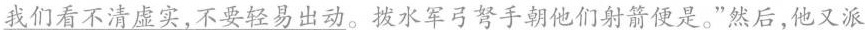
我们看不清虚实，不要轻易出动。拨水军弓弩手朝他们射箭便是。”然后，他又派